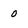
Character: 0